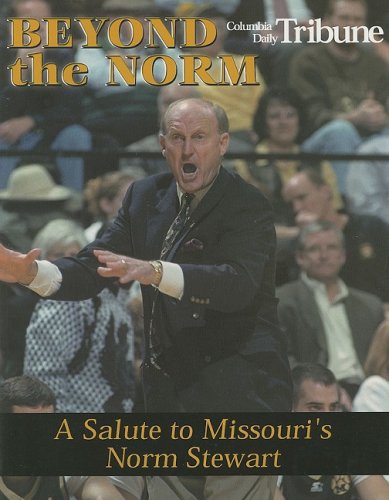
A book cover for Beyond the Norm: A Salute to Missouri's Norm Stewart; Columbia Daily Tribune; Sports & Outdoors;